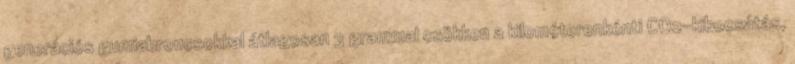
generációs gumiabroncsokkal átlagosan 3 grammal csökken a kilométerenkénti CO2-kibocsátás,